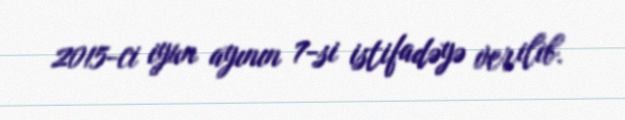
2015-ci iyun ayının 7-si istifadəyə verilib.